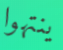
ينتهوا